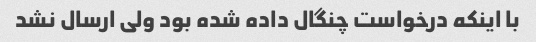
با اینکه درخواست چنگال داده شده بود ولی ارسال نشد